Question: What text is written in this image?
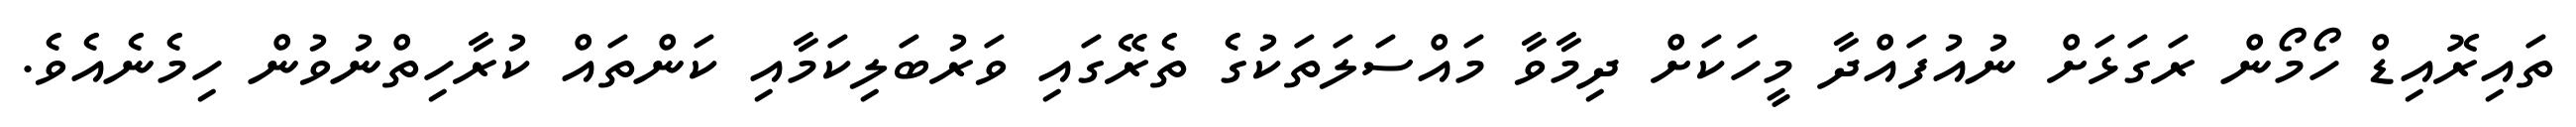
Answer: ތައިރޮއިޑް ހޯމޯން ރަގަޅަށް ނުއުފައްދާ މީހަކަށް ދިމާވާ މައްސަލަތަކުގެ ތެރޭގައި ވަރުބަލިކަމާއި ކަންތައް ކުރާހިތްނުވުން ހިމެނެއެވެ.